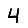
Digit: 4